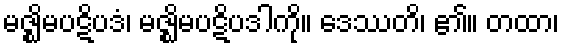
မဇ္ဈိမပဋိပဒံ၊ မဇ္ဈိမပဋိပဒါကို။ ဒေဿတိ၊ ၏။ တထာ၊